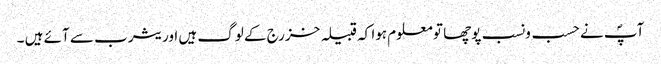
آپؐ نے حسب ونسب پوچھا تو معلوم ہوا کہ قبیلہ خزرج کے لوگ ہیں اور یثرب سے آئے ہیں ۔